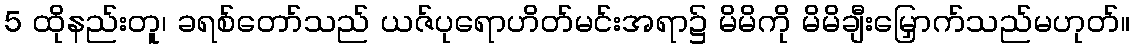
5 ထိုနည်းတူ၊ ခရစ်တော်သည် ယဇ်ပုရောဟိတ်မင်းအရာ၌ မိမိကို မိမိချီးမြှောက်သည်မဟုတ်။